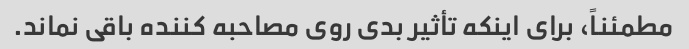
مطمئناً، برای اینکه تأثیر بدی روی مصاحبه کننده باقی نماند.